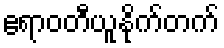
ဧရာဝတီယူနိုက်တက်